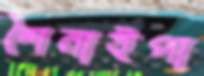
শৈনাইপা